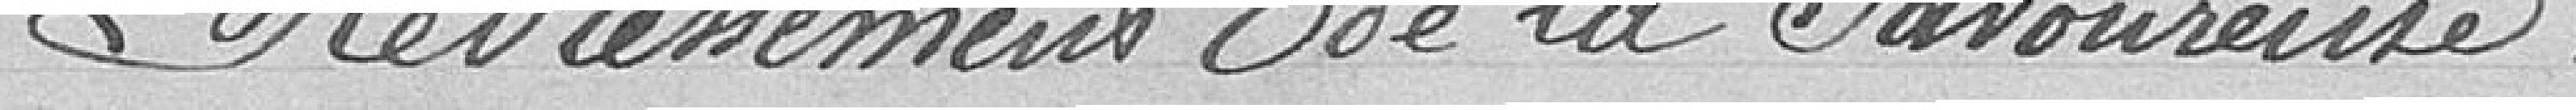
Redressement de la Savoureuse